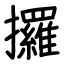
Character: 攞